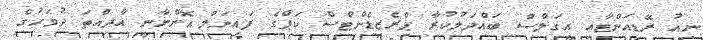
ނިއު ރޭޑިއަންޓާއި އީގަލްސް ބައްދަލުކުރާ ޕްރެޒިޑެންޓްސް ކަޕްގެ ފައިނަލް އޮންނާނީ އާދިއްތަ ދުވަހުގެ